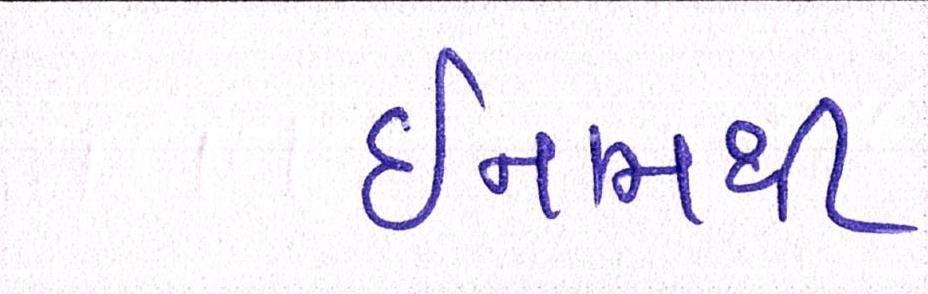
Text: ઈનામથી